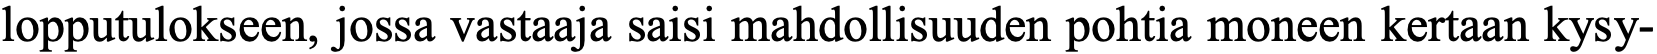
lopputulokseen, jossa vastaaja saisi mahdollisuuden pohtia moneen kertaan kysy-